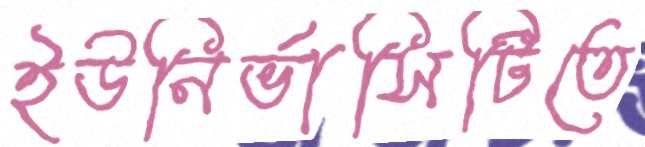
ইউনির্ভাসিটিতে